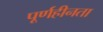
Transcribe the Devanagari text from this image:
पूर्णहीनता